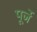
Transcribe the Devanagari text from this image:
पूर्जे